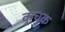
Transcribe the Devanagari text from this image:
कूचुक